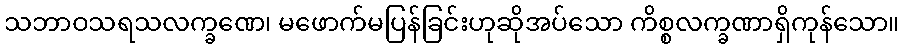
သဘာဝသရသလက္ခဏေ၊ မဖောက်မပြန်ခြင်းဟုဆိုအပ်သော ကိစ္စလက္ခဏာရှိကုန်သော။